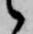
候